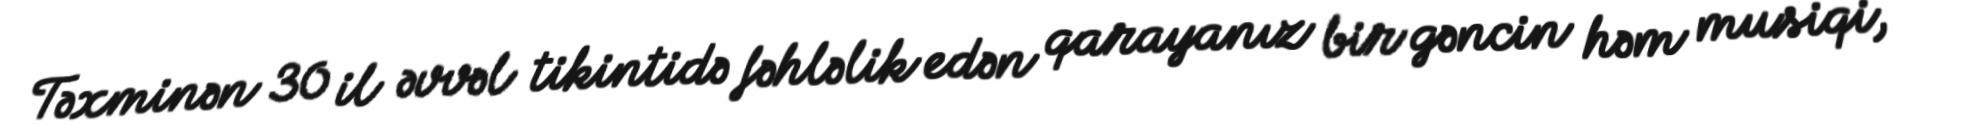
Təxminən 30 il əvvəl tikintidə fəhləlik edən qarayanız bir gəncin həm musiqi,